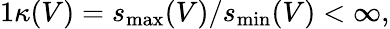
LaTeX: \begin{array}{r}{1\le\kappa(V)=s_{\mathrm{max}}(V)/s_{\mathrm{min}}(V)<\infty,}\end{array}